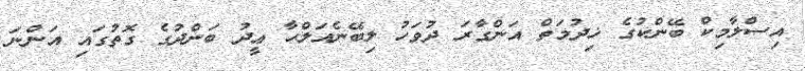
އިސްލާމިކް ބޭންކުގެ ޚިދުމަތް އަންގާރަ ދުވަހު ލިބޭނެއަލްޙާ ޢީދު ބަންދުގެ ގޮތުގައި އަންނަ